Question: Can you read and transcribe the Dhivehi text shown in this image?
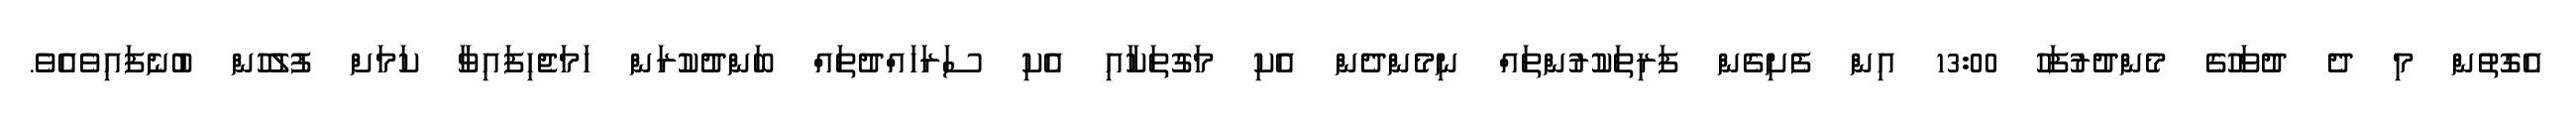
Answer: އެގޮތުން މި ދެ ދުވަހުގެ މެންދުރުފަހު 13:00 އިން ފެށިގެން ފަރިތަކުރުންތައް ނިމެންދެން އެކި މަގުތަކާއި އެކި ސަރަހައްދުތައް ބަންދުކުރަން ހަމަޖެހިފައިވާ ކަމަށް ފުލުހުން ބުނެފައިވެއެވެ.